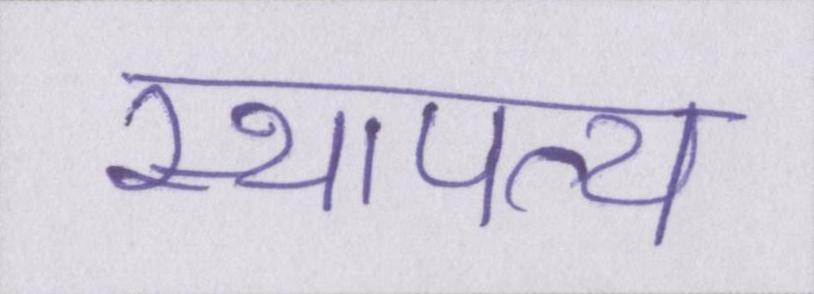
स्थापत्य